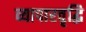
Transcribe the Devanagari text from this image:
व्यापारवृद्धि